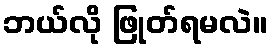
ဘယ်လို ဖြုတ်ရမလဲ။